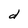
Character: d